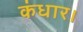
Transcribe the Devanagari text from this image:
कंधार।